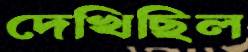
দেখিছিল